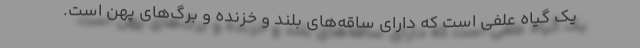
یک گیاه علفی است که دارای ساقه‌های بلند و خزنده و برگ‌های پهن است.